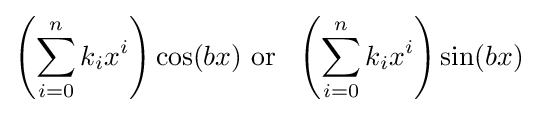
\left(\sum _{i=0}^{n}k_{i}x^{i}\right)\cos(bx){\text{ or }}\ \left(\sum _{i=0}^{n}k_{i}x^{i}\right)\sin(bx)\!